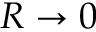
R \to 0